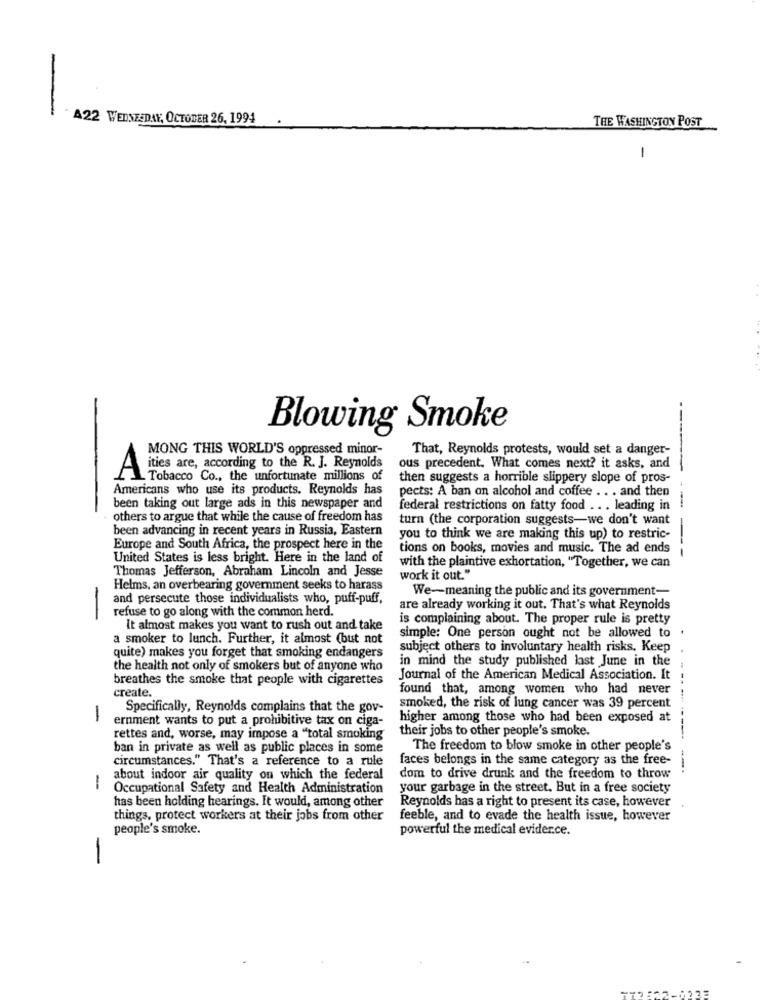
A22 WEDNESDAY, OCTOBER 26, 1994
.
THE WASHINGTON POST
-
Blowing Smoke
MONG THIS WORLD'S oppressed minor-
That, Reynolds protests, would set a danger-
-
A ities are, according to the R. J. Reynolds
ous precedent, What comes next? it asks, and
L Tobacco Co ., the unfortunate millions of
then suggests a horrible slippery slope of pros-
Americans who use its products. Reynolds has
pects: A ban on alcohol and coffee . . . and then
been taking out large ads in this newspaper and
federal restrictions on fatty food .. . leading in
-others to argue that while the cause of freedom has
turn (the corporation suggests-we don't want
been advancing in recent years in Russia, Eastern
you to think we are making this up) to restric-
Europe and South Africa, the prospect here in the
tions on books, movies and music. The ad ends
United States is less bright. Here in the land of
Thomas Jefferson, Abraham Lincoln and Jesse
with the plaintive exhortation, "Together, we can
work it out."
Helms, an overbearing government seeks to harass
We-meaning the public and its government-
and persecute those individualists who, puff-puff,
refuse to go along with the common herd.
are already working it out. That's what Reynolds
-
is complaining about. The proper rule is pretty
It almost makes you want to rush out and take
a smoker to lunch. Further, it almost (but not
simple: One person ought not be allowed to
subject others to involuntary health risks. Keep
quite) makes you forget that smoking endangers
in mind the study published last June in the
the health not only of smokers but of anyone who
breathes the smoke that people with cigarettes
Journal of the American Medical Association. It
create.
found that, among women who had never
Specifically, Reynolds complains that the gov-
smoked, the risk of lung cancer was 39 percent
-
ernment wants to put a prohibitive tax on ciga-
higher among those who had been exposed at
their jobs to other people's smoke.
rettes and, worse, may impose a "total smoking
ban in private as well as public places in some
The freedom to blow smoke in other people's
circumstances." That's a reference to a rule
faces belongs in the same category as the free-
----- --.
about indoor air quality on which the federal
dom to drive drunk and the freedom to throw
-
Occupational Safety and Health Administration
your garbage in the street. But in a free society
has been holding hearings. It would, among other
Reynolds has a right to present its case, however
things, protect workers at their jobs from other
feeble, and to evade the health issue, however
people's smoke.
powerful the medical evider.ce.
-